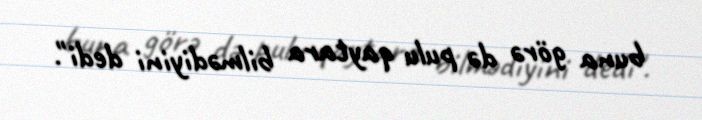
buna görə də pulu qaytara bilmədiyini dedi".